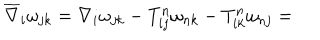
\overline { { { \nabla } } } _ { i } \omega _ { j k } = \nabla _ { i } \omega _ { j k } - T _ { i j } ^ { n } \omega _ { n k } - T _ { i k } ^ { n } \omega _ { n j } =